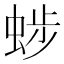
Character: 𧌂